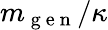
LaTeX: m_{\mathrm{~g~e~n~}}/\kappa